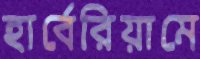
হার্বেরিয়ামে